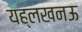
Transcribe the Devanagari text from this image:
यह्लखनऊ